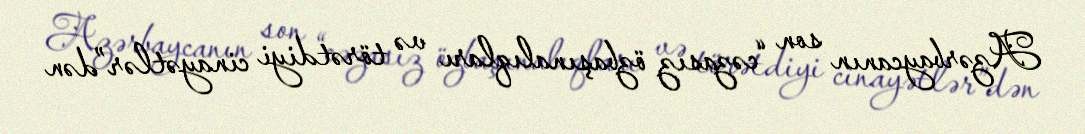
Azərbaycanın son “cəzasız özbaşınalıqları və törətdiyi cinayətlər”dən